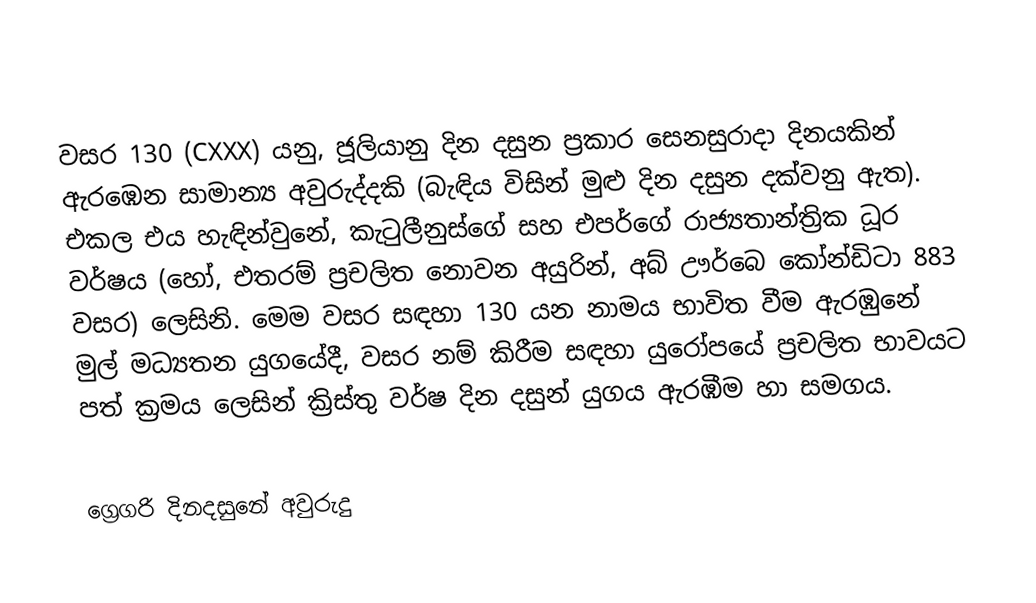

වසර 130 (CXXX) යනු,  ජූලියානු දින දසුන ප්‍රකාර   සෙනසුරාදා දිනයකින් ඇරඹෙන සාමාන්‍ය අවුරුද්දකි  (බැඳිය විසින් මුළු දින දසුන දක්වනු ඇත). එකල එය හැඳින්වුනේ, කැටුලීනුස්ගේ සහ එපර්ගේ රාජ්‍යතාන්ත්‍රික  ධූර වර්ෂය (හෝ, එතරම් ප්‍රචලිත නොවන අයුරින්,  අබ් ඌර්බෙ කෝන්ඩිටා  883 වසර) ලෙසිනි.  මෙම වසර සඳහා 130 යන නාමය භාවිත වීම ඇරඹුනේ මුල් මධ්‍යතන යුගයේදී, වසර නම් කිරීම සඳහා යුරෝපයේ ප්‍රචලිත භාවයට පත් ක්‍රමය ලෙසින් ක්‍රිස්තු වර්ෂ දින දසුන් යුගය ඇරඹීම හා සමගය.

ග්‍රෙගරි දිනදසුනේ අවුරුදු